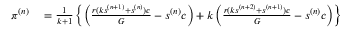
\begin{array} { r l } { \pi ^ { ( n ) } } & { { } = \frac { 1 } { k + 1 } \left\{ \left( \frac { r ( k s ^ { ( n + 1 ) } + s ^ { ( n ) } ) c } { G } - s ^ { ( n ) } c \right) + k \left( \frac { r ( k s ^ { ( n + 2 ) } + s ^ { ( n + 1 ) } ) c } { G } - s ^ { ( n ) } c \right) \right\} } \end{array}